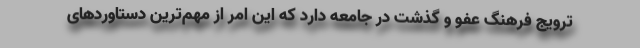
ترویج فرهنگ عفو و گذشت در جامعه دارد که این امر از مهم‌ترین دستاوردهای